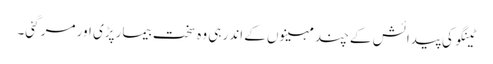
ٹینگو کی پیدائش کے چند مہینوں کے اندر ہی وہ سخت بیمار پڑی اور مر گئی۔